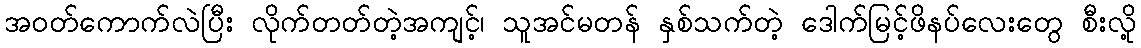
အဝတ်ကောက်လဲပြီး လိုက်တတ်တဲ့အကျင့်၊ သူအင်မတန် နှစ်သက်တဲ့ ဒေါက်မြင့်ဖိနပ်လေးတွေ စီးလို့